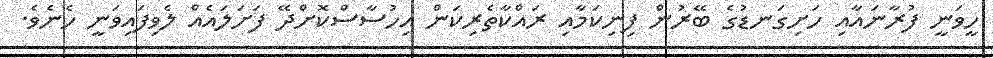
ހީވަނީ ފުރާނައާއި ހަށިގަނޑުގެ ބޭރުން ފިނިކަމާއި ރައްކާތެރިކަން އިހުސާސްކޮށްދޭ ފަށަލައެއް ލެވިފައިވަނީ ހެނެވެ.